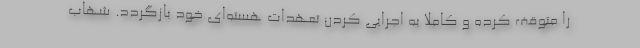
را متوقف کرده و کاملا به اجرایی کردن تعهدات هسته‌ای خود بازگردد. شهاب